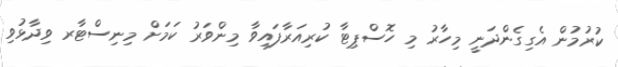
ކުރުމުން އެގިގެންދަނީ މިހާރު މި ހޮސްޕިޓާ ކުރިއަރާފައިވާ މިންވަރު ކަމަށް މިނިސްޓާރ ވިދާޅުވި